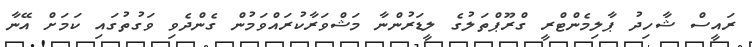
ރައީސް ޝާހިދު ޕާލިމެންޓްރީ ގްރޫޕްތަލުގެ ލީޑަރުންނާ މަޝްވަރާކުރައްވަމުން ގެންދެވި ވަގުތުގައި ކަމަށް އޭނާ